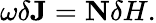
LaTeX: \omega\delta\mathbf{J}=\mathbf{N}\delta H.